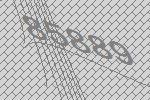
85889